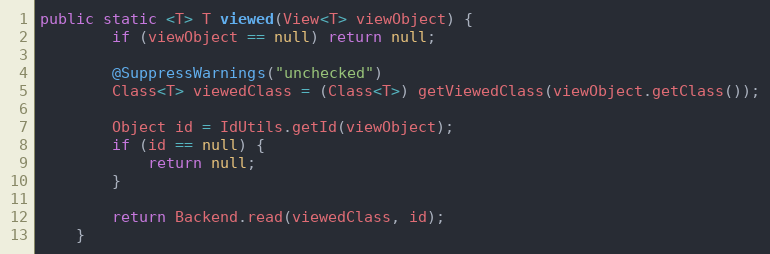
Language: Java
public static <T> T viewed(View<T> viewObject) {
		if (viewObject == null) return null;

		@SuppressWarnings("unchecked")
		Class<T> viewedClass = (Class<T>) getViewedClass(viewObject.getClass());

		Object id = IdUtils.getId(viewObject);
		if (id == null) {
			return null;
		}

		return Backend.read(viewedClass, id);
	}